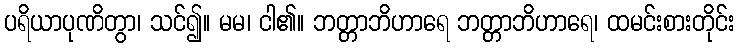
ပရိယာပုဏိတွာ၊ သင်၍။ မမ၊ ငါ၏။ ဘတ္တာဘိဟာရေ ဘတ္တာဘိဟာရေ၊ ထမင်းစားတိုင်း